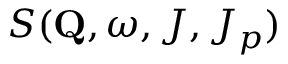
S ( \mathbf { Q } , \omega , J , J _ { p } )